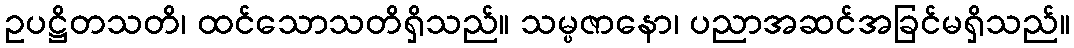
ဥပဋ္ဌိတသတိ၊ ထင်သောသတိရှိသည်။ သမ္ပဇာနော၊ ပညာအဆင်အခြင်မရှိသည်။